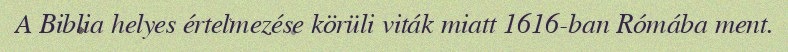
A Biblia helyes értelmezése körüli viták miatt 1616-ban Rómába ment.